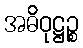
အဓိဝုဋ္ဌဉ္စ